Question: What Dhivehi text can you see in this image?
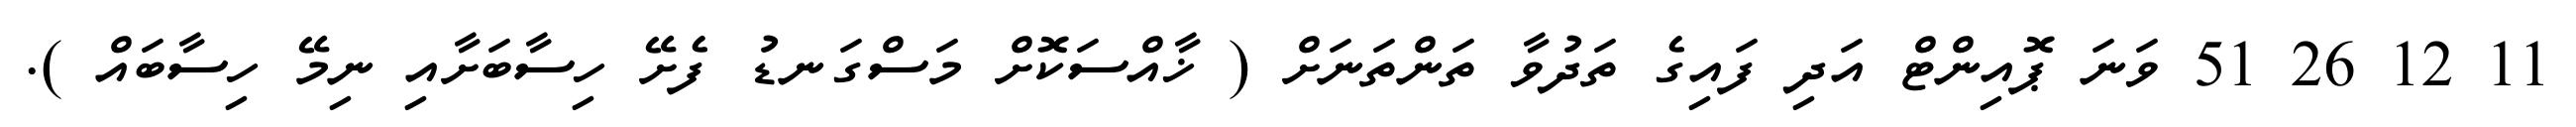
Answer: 11 12 26 51 ވަނަ ޕޮއިންޓް އަދި ފައިގެ ތަދުވާ ތަންތަނަށް ( ޚާއްސަކޮށް މަސްގަނޑު ފެށޭ ހިސާބަށާއި ނިމޭ ހިސާބައް ).